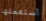
أستعملها